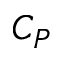
C _ { P }